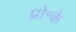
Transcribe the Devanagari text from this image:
प्रो॰के